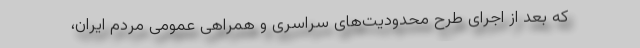
که بعد از اجرای طرح محدودیت‌های سراسری و همراهی عمومی مردم ایران،